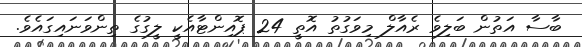
ބާސާ އަތުން ބަލިވެ ރެއާލް މިވަގުތު އޮތީ 24 ޕޮއިންޓާއެކީ ލީގުގެ ތިންވަނައިގައެވެ.